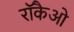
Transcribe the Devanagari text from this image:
रॉकैओ